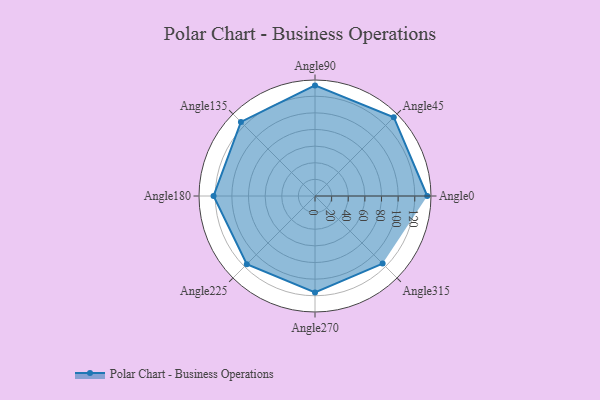
{"axis": {"x": "Angle", "y": "Radius"}, "legend": [""], "data": [{"x": "Angle0", "y": 135.0, "type": ""}, {"x": "Angle45", "y": 134.0, "type": ""}, {"x": "Angle90", "y": 133.0, "type": ""}, {"x": "Angle135", "y": 126.0, "type": ""}, {"x": "Angle180", "y": 122.0, "type": ""}, {"x": "Angle225", "y": 116.0, "type": ""}, {"x": "Angle270", "y": 116.0, "type": ""}, {"x": "Angle315", "y": 115.0, "type": ""}]}